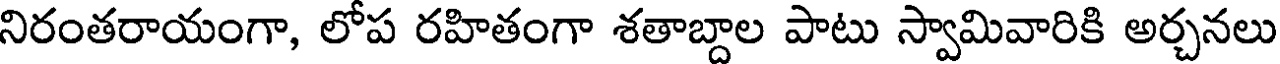
నిరంతరాయంగా, లోప రహితంగా శతాబ్దాల పాటు స్వామివారికి అర్చనలు